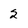
Character: 2